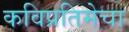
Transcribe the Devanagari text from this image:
कविप्रतिमेचा